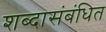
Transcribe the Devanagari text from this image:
शब्दासंबंधित